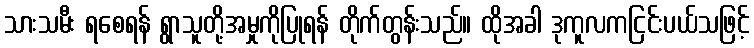
သားသမီး ရစေရန် ရွာသူတို့အမှုကိုပြုရန် တိုက်တွန်းသည်။ ထိုအခါ ဒုကူလကငြင်းပယ်သဖြင့်